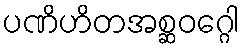
ပဏိဟိတအစ္ဆဝဂ္ဂေါ